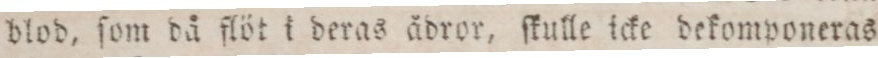
blod, ſom då flöt i deras ådror, ſtulle icke dekomponeras